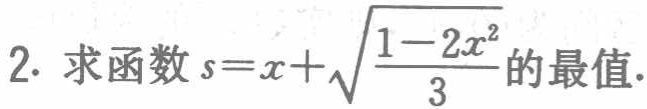
求函数\(s = x + \sqrt{\frac{1 - 2x^{2}}{3}}\)的最值.